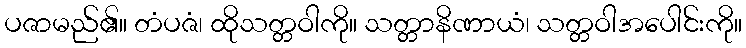
ပဇာမည်၏။ တံပဇံ၊ ထိုသတ္တဝါကို။ သတ္တာနိဏာယံ၊ သတ္တဝါအပေါင်းကို။